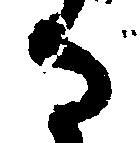
る